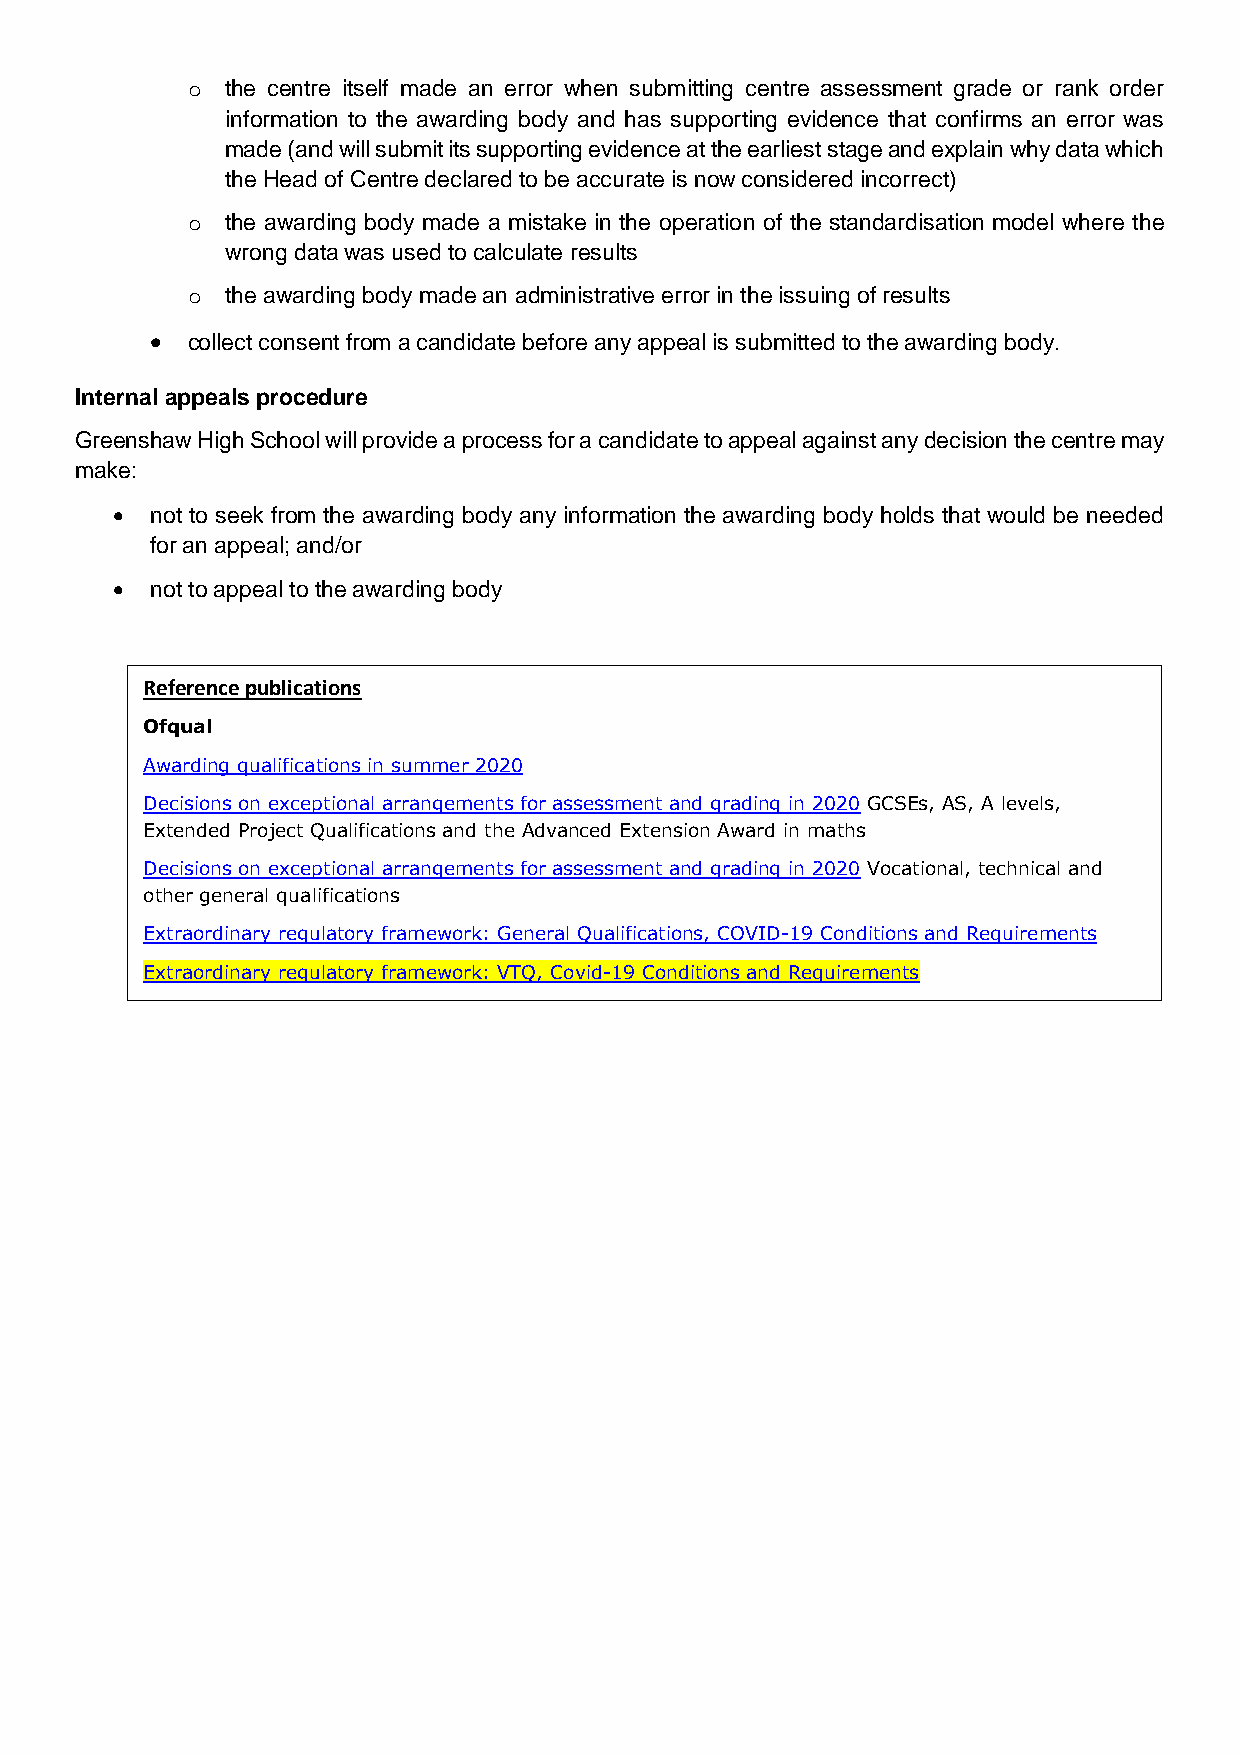
o  the centre itself made an error when submitting centre assessment grade or rank order
 information to the awarding body and has supporting evidence that confirms an error was
 made (and will submit its supporting evidence at the earliest stage and explain why data which
 the Head of Centre declared to be accurate is now considered incorrect)
 o  the awarding body made a mistake in the operation of the standardisation model where the
 wrong data was used to calculate results
 o  the awarding body made an administrative error in the issuing of results
  collect consent from a candidate before any appeal is submitted to the awarding body.
 Internal appeals procedure
 Greenshaw High School will provide a process for a candidate to appeal against any decision the centre may
 make:
   not to seek from the awarding body any information the awarding body holds that would be needed
 for an appeal; and/or
   not to appeal to the awarding body
 Reference publications
 Ofqual
 Awarding qualifications in summer 2020
 Decisions on exceptional arrangements for assessment and grading in 2020 GCSEs, AS, A levels,
 Extended Project Qualifications and the Advanced Extension Award in maths
 Decisions on exceptional arrangements for assessment and grading in 2020 Vocational, technical and
 other general qualifications
 Extraordinary regulatory framework: General Qualifications, COVID-19 Conditions and Requirements
 Extraordinary regulatory framework: VTQ, Covid-19 Conditions and Requirements